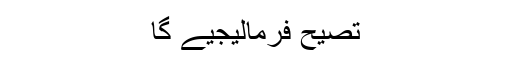
تصیح فرمالیجیے گا